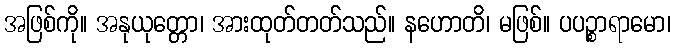
အဖြစ်ကို။ အနုယုတ္တော၊ အားထုတ်တတ်သည်။ နဟောတိ၊ မဖြစ်။ ပပဉ္စာရာမော၊